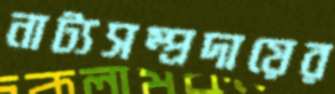
নাট্যসম্প্রদায়ের